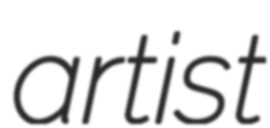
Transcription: artist